Annual administration and progress report of the Indian Medical Department, Bombay
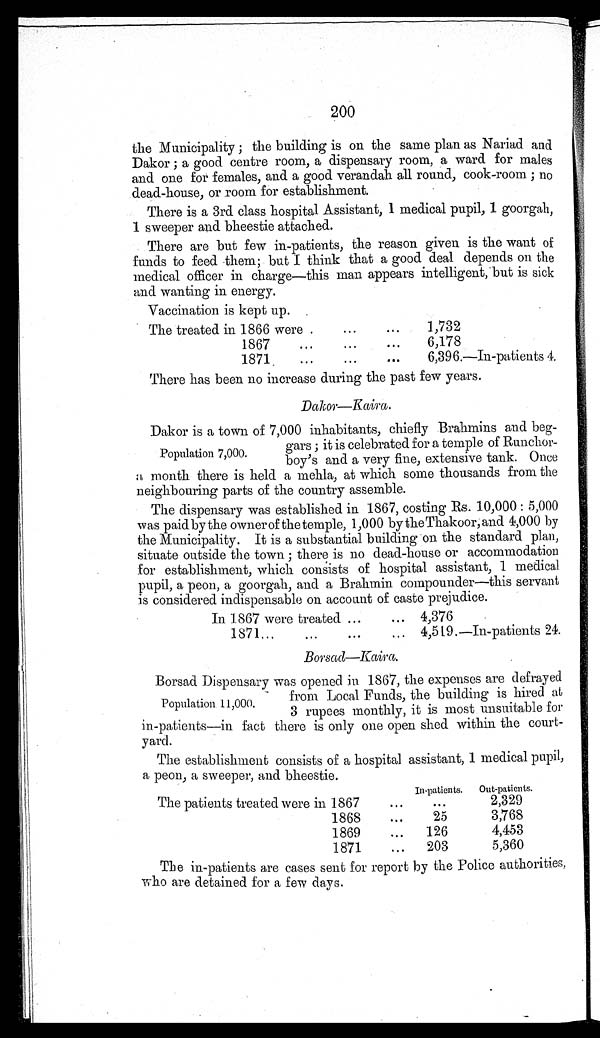
200
the Municipality ; the building is on the same plan as Nariad and
Dakor ; a good centre room, a dispensary room, a ward for males
and one for females, and a good verandah all round, cook-room ; no
dead-house, or room for establishment.
There is a 3rd class hospital Assistant, 1 medical pupil, 1 goorgah,
1 sweeper and bheestie attached.
There are but few in-patients, the reason given is the want of
funds to feed them; but I think that a good deal depends on the
medical officer in charge—this man appears intelligent, but is sick
and wanting in energy.
Vaccination is kept up.
The treated in 1866 were
1,732
1867
6,178
1871
6,396.—In-patients 4
There has been no increase during the past few years.
Dakor—Kaira.
Population 7,000.
Dakor is a town of 7,000 inhabitants, chiefly Brahmins and beg-
gars ; it is celebrated for a temple of Runchor-
boy's and a very fine, extensive tank. Once
a month there is held a mehla, at which some thousands from the
neighbouring parts of the country assemble.
The dispensary was established in 1867, costing Rs. 10,000: 5,000
was paid by the owner of the temple, 1,000 by the Thakoor, and 4,000 by
the Municipality. It is a substantial building on the standard plan,
situate outside the town ; there is no dead-house or accommodation
for establishment, which consists of hospital assistant, 1 medical
pupil, a peon, a goorgah, and a Brahmin compounder—this servant
is considered indispensable on account of caste prejudice.
In 1867 were treated
4,376
1871
4,519.—In-patients 24.
Borsad—Kaira.
Population 11,000.
Borsad Dispensary was opened in. 1867, the expenses are defrayed
from Local Funds, the building is hired at
3 rupees monthly, it is most unsuitable for
in-patients—in fact there is only one open shed within the court-
yard.
The establishment consists of a hospital assistant, 1 medical pupil,
a peon, a sweeper.
In-patients.
Out-patients.
The patients treated were in 1867
...
2,329
1868
25
3,768
1869
126
4,453
1871
2 0 3
5 , 3 6 0
The in-patients are cases sent for report by the Police authorities
, who are detained for a few days.